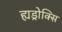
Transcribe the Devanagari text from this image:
ह्यड्रोक्सि